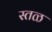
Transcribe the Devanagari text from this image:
स्तळ